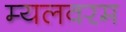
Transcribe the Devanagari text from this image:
म्यलवरम